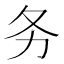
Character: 务